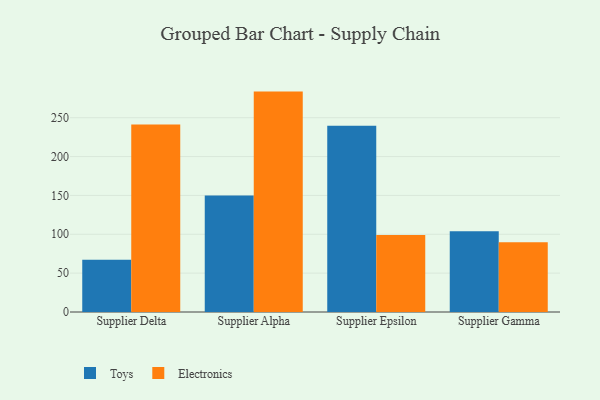
{"axis": {"x": "Supplier", "y": "Active Users"}, "legend": ["Electronics", "Toys"], "data": [{"x": "Supplier Delta", "y": 67.3, "type": "Toys"}, {"x": "Supplier Delta", "y": 241.3, "type": "Electronics"}, {"x": "Supplier Alpha", "y": 149.8, "type": "Toys"}, {"x": "Supplier Alpha", "y": 283.6, "type": "Electronics"}, {"x": "Supplier Epsilon", "y": 239.7, "type": "Toys"}, {"x": "Supplier Epsilon", "y": 99.0, "type": "Electronics"}, {"x": "Supplier Gamma", "y": 103.9, "type": "Toys"}, {"x": "Supplier Gamma", "y": 89.7, "type": "Electronics"}]}